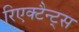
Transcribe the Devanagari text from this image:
रिएक्टैन्ट्स